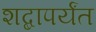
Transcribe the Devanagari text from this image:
शब्दापर्यंत